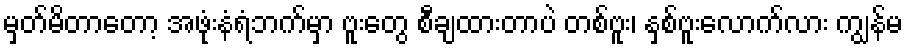
မှတ်မိတာတော့ အဖုံးနံရံဘက်မှာ ဗူးတွေ စီချထားတာပဲ တစ်ဗူး၊ နှစ်ဗူးလောက်လား ကျွန်မ